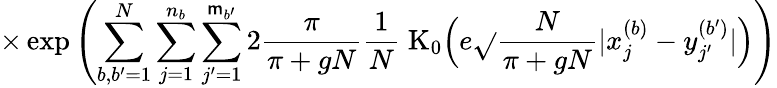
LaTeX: \times\exp\left(\sum_{b,b^{\prime}=1}^{N}\sum_{j=1}^{n_{b}}\sum_{j^{\prime}=1}^{\mathsf{m}_{b^{\prime}}}2\frac{{\pi}}{{\pi+gN}}\frac{{1}}{{N}}\; \mathrm{{K}}_{0}\Big(e\sqrt{}{{\frac{{N}}{{\pi+gN}}}}|x_{j}^{(b)}-y_{j^{\prime}}^{(b^{\prime})}|\Big)\right)